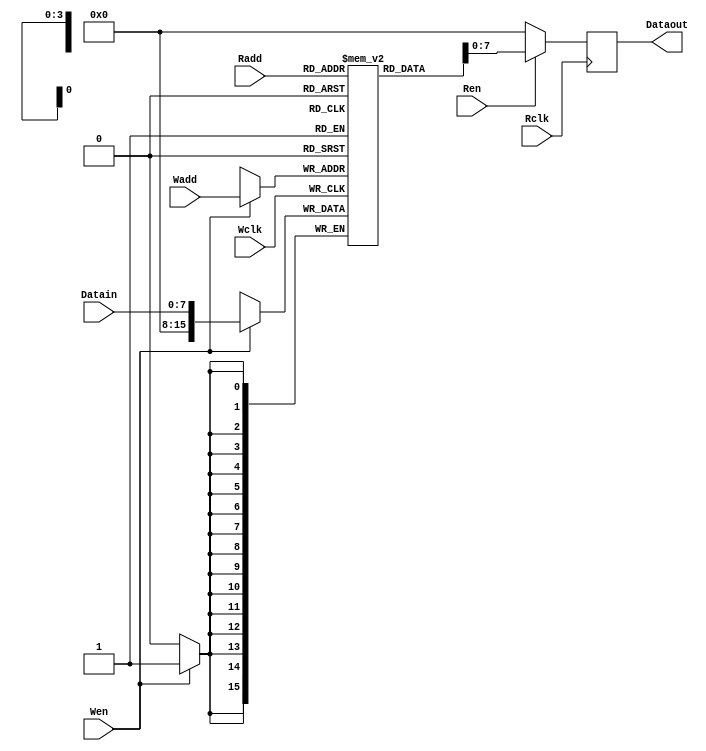
/*
-------------------------------------------------------------------------------
-- Title      : Dual Port memory Core
-- Project    : Memory Cores
-------------------------------------------------------------------------------
-- File        : dpmem2clk.v
-- Author      : Jamil Khatib  (khatib@ieee.org)
-- Organization: OpenCores Project
-- Created     : 2000/09/20
-- Last update : 2000/09/26
-- Platform    : 
-- Simulators  : Modelsim 5.3XE/Windows98
-- Synthesizers: 
-- Target      : 
-- Dependency  : 
-------------------------------------------------------------------------------
-- Description: 
-------------------------------------------------------------------------------
-- Copyright (c) 2000 Jamil Khatib
-- 
-- This Verilog code file is an open design; you can redistribute it and/or
-- modify it and/or implement it after contacting the author
-- You can check the draft license at
-- http://www.opencores.org/OIPC/license.shtml

-------------------------------------------------------------------------------
-- Revisions  :
-- Revision Number :   1
-- Version         :   0.1
-- Date            :   20 September 2000
-- Modifier        :   Jamil Khatib (khatib@ieee.org)
-- Desccription    :   Created
-- Todo			   :   Must use generic code i.e. use the parameters
-------------------------------------------------------------------------------
*/


module dpmem2clk(Wclk,Wen,Wadd,Datain,Rclk,Ren,Radd,Dataout);

parameter WIDTH=8;
parameter ADD_WIDTH=4;
parameter IDELOUTPUT=8'h0;


input Wclk;
input Wen;
input [3:0] Wadd;
input [7:0] Datain;
input Rclk;
input Ren;
input [3:0] Radd;
output [7:0] Dataout;

/////////////////////////



reg [15:0] data [0:15];

reg [7:0] outport;
/////////////////////////

always @ (posedge Rclk)
begin

   if( Ren == 1'b1 )
        outport  <= data[Radd]; 
      else
        outport  <= IDELOUTPUT;
              
end

/////////////////////////

always @ (posedge Wclk)
begin

   if( Wen == 1'b1 )
       data[Wadd]   <= Datain; 
     
end      


/////////////////////////

assign Dataout = outport;

/////////////////////////////////
endmodule